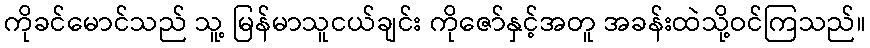
ကိုခင်မောင်သည် သူ့ မြန်မာသူငယ်ချင်း ကိုဇော်နှင့်အတူ အခန်းထဲသို့ဝင်ကြသည်။